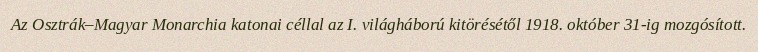
Az Osztrák–Magyar Monarchia katonai céllal az I. világháború kitörésétől 1918. október 31-ig mozgósított.